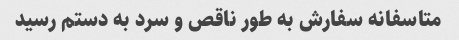
متاسفانه سفارش به طور ناقص و سرد به دستم رسید